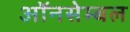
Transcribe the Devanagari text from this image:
ऑनसेम्बल